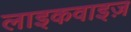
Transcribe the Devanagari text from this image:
लाइकवाइज़